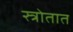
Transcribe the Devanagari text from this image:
स्त्रोतात